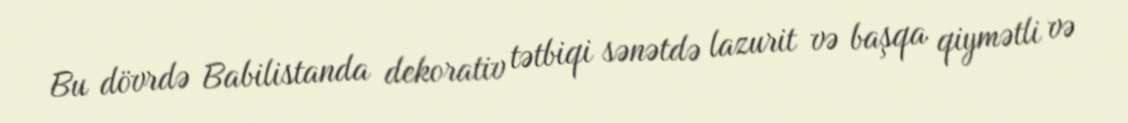
Bu dövrdə Babilistanda dekorativ tətbiqi sənətdə lazurit və başqa qiymətli və